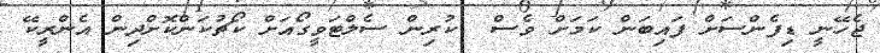
ޖެހޭނީ ޑިފެންސަށް ފައިބަން ކަމަށް ވެސް  ކުރިން ސެލްޓަވީގޯއަށް ކޯޗުކަންކޮށްދިން އެންރީކޭ